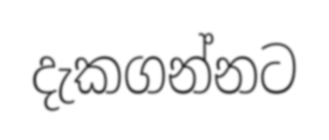
දැකගන්නට